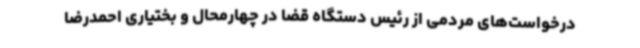
درخواست‌های مردمی از رئیس دستگاه قضا در چهارمحال و بختیاری احمدرضا